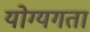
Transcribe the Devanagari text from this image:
योग्यगता